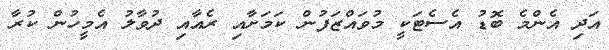
އަދި އެންމެ ބޮޑު އެސެޓަކީ މުވައްޒަފުން ކަމަށާއި ރެއާއި ދުވާލު އެމީހުން ކުރާ